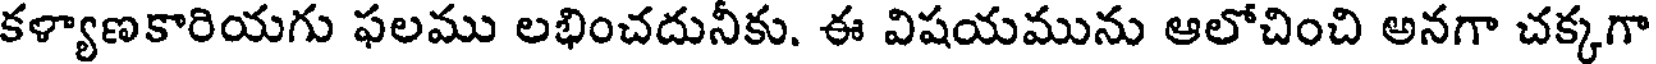
కళ్యాణకారియగు ఫలము లభించదునీకు. ఈ విషయమును ఆలోచించి అనగా చక్కగా